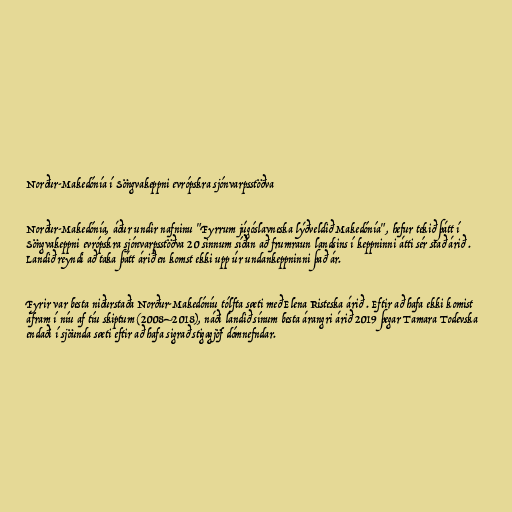
Norður-Makedónía í Söngvakeppni evrópskra sjónvarpsstöðva

Norður-Makedónía, áður undir nafninu "Fyrrum júgóslavneska lýðveldið Makedónía", hefur tekið þátt í
Söngvakeppni evrópskra sjónvarpsstöðva 20 sinnum síðan að frumraun landsins í keppninni átti sér stað árið .
Landið reyndi að taka þátt árið en komst ekki upp úr undankeppninni það ár.

Fyrir var besta niðurstaða Norður-Makedóníu tólfta sæti með Elena Risteska árið . Eftir að hafa ekki komist
áfram í níu af tíu skiptum (2008–2018), náði landið sínum besta árangri árið 2019 þegar Tamara Todevska
endaði í sjöunda sæti eftir að hafa sigrað stigagjöf dómnefndar.